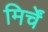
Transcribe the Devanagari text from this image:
मिर्चें